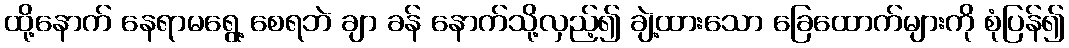
ထို့နောက် နေရာမရွေ့ စေရဘဲ ချာ ခန် နောက်သို့လှည့်၍ ချဲ့ထားသော ခြေထောက်များကို စုံပြန်၍